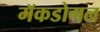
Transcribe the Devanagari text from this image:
मॅकडोगल